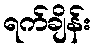
ရက်ချိန်း